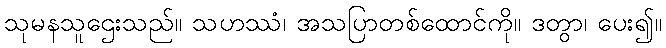
သုမနသူဌေးသည်။ သဟဿံ၊ အသပြာတစ်ထောင်ကို။ ဒတွာ၊ ပေး၍။